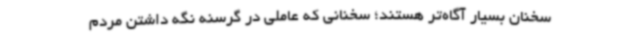
سخنان بسیار آگاه‌تر هستند؛ سخنانی که عاملی در گرسنه نگه داشتن مردم